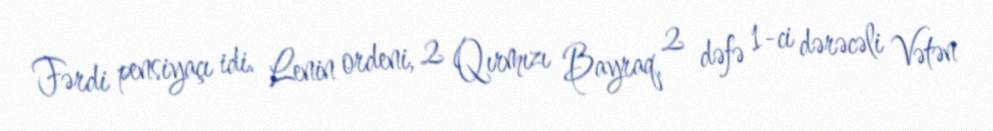
Fərdi pensiyaçı idi. Lenin ordeni, 2 Qırmızı Bayraq, 2 dəfə 1-ci dərəcəli Vətən